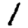
Digit: 1